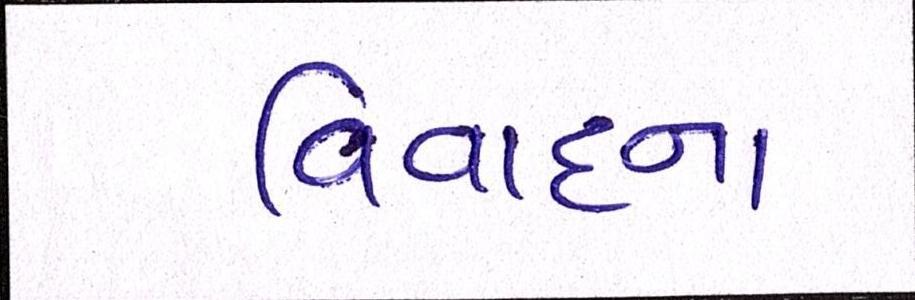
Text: વિવાદના